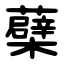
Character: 蘗